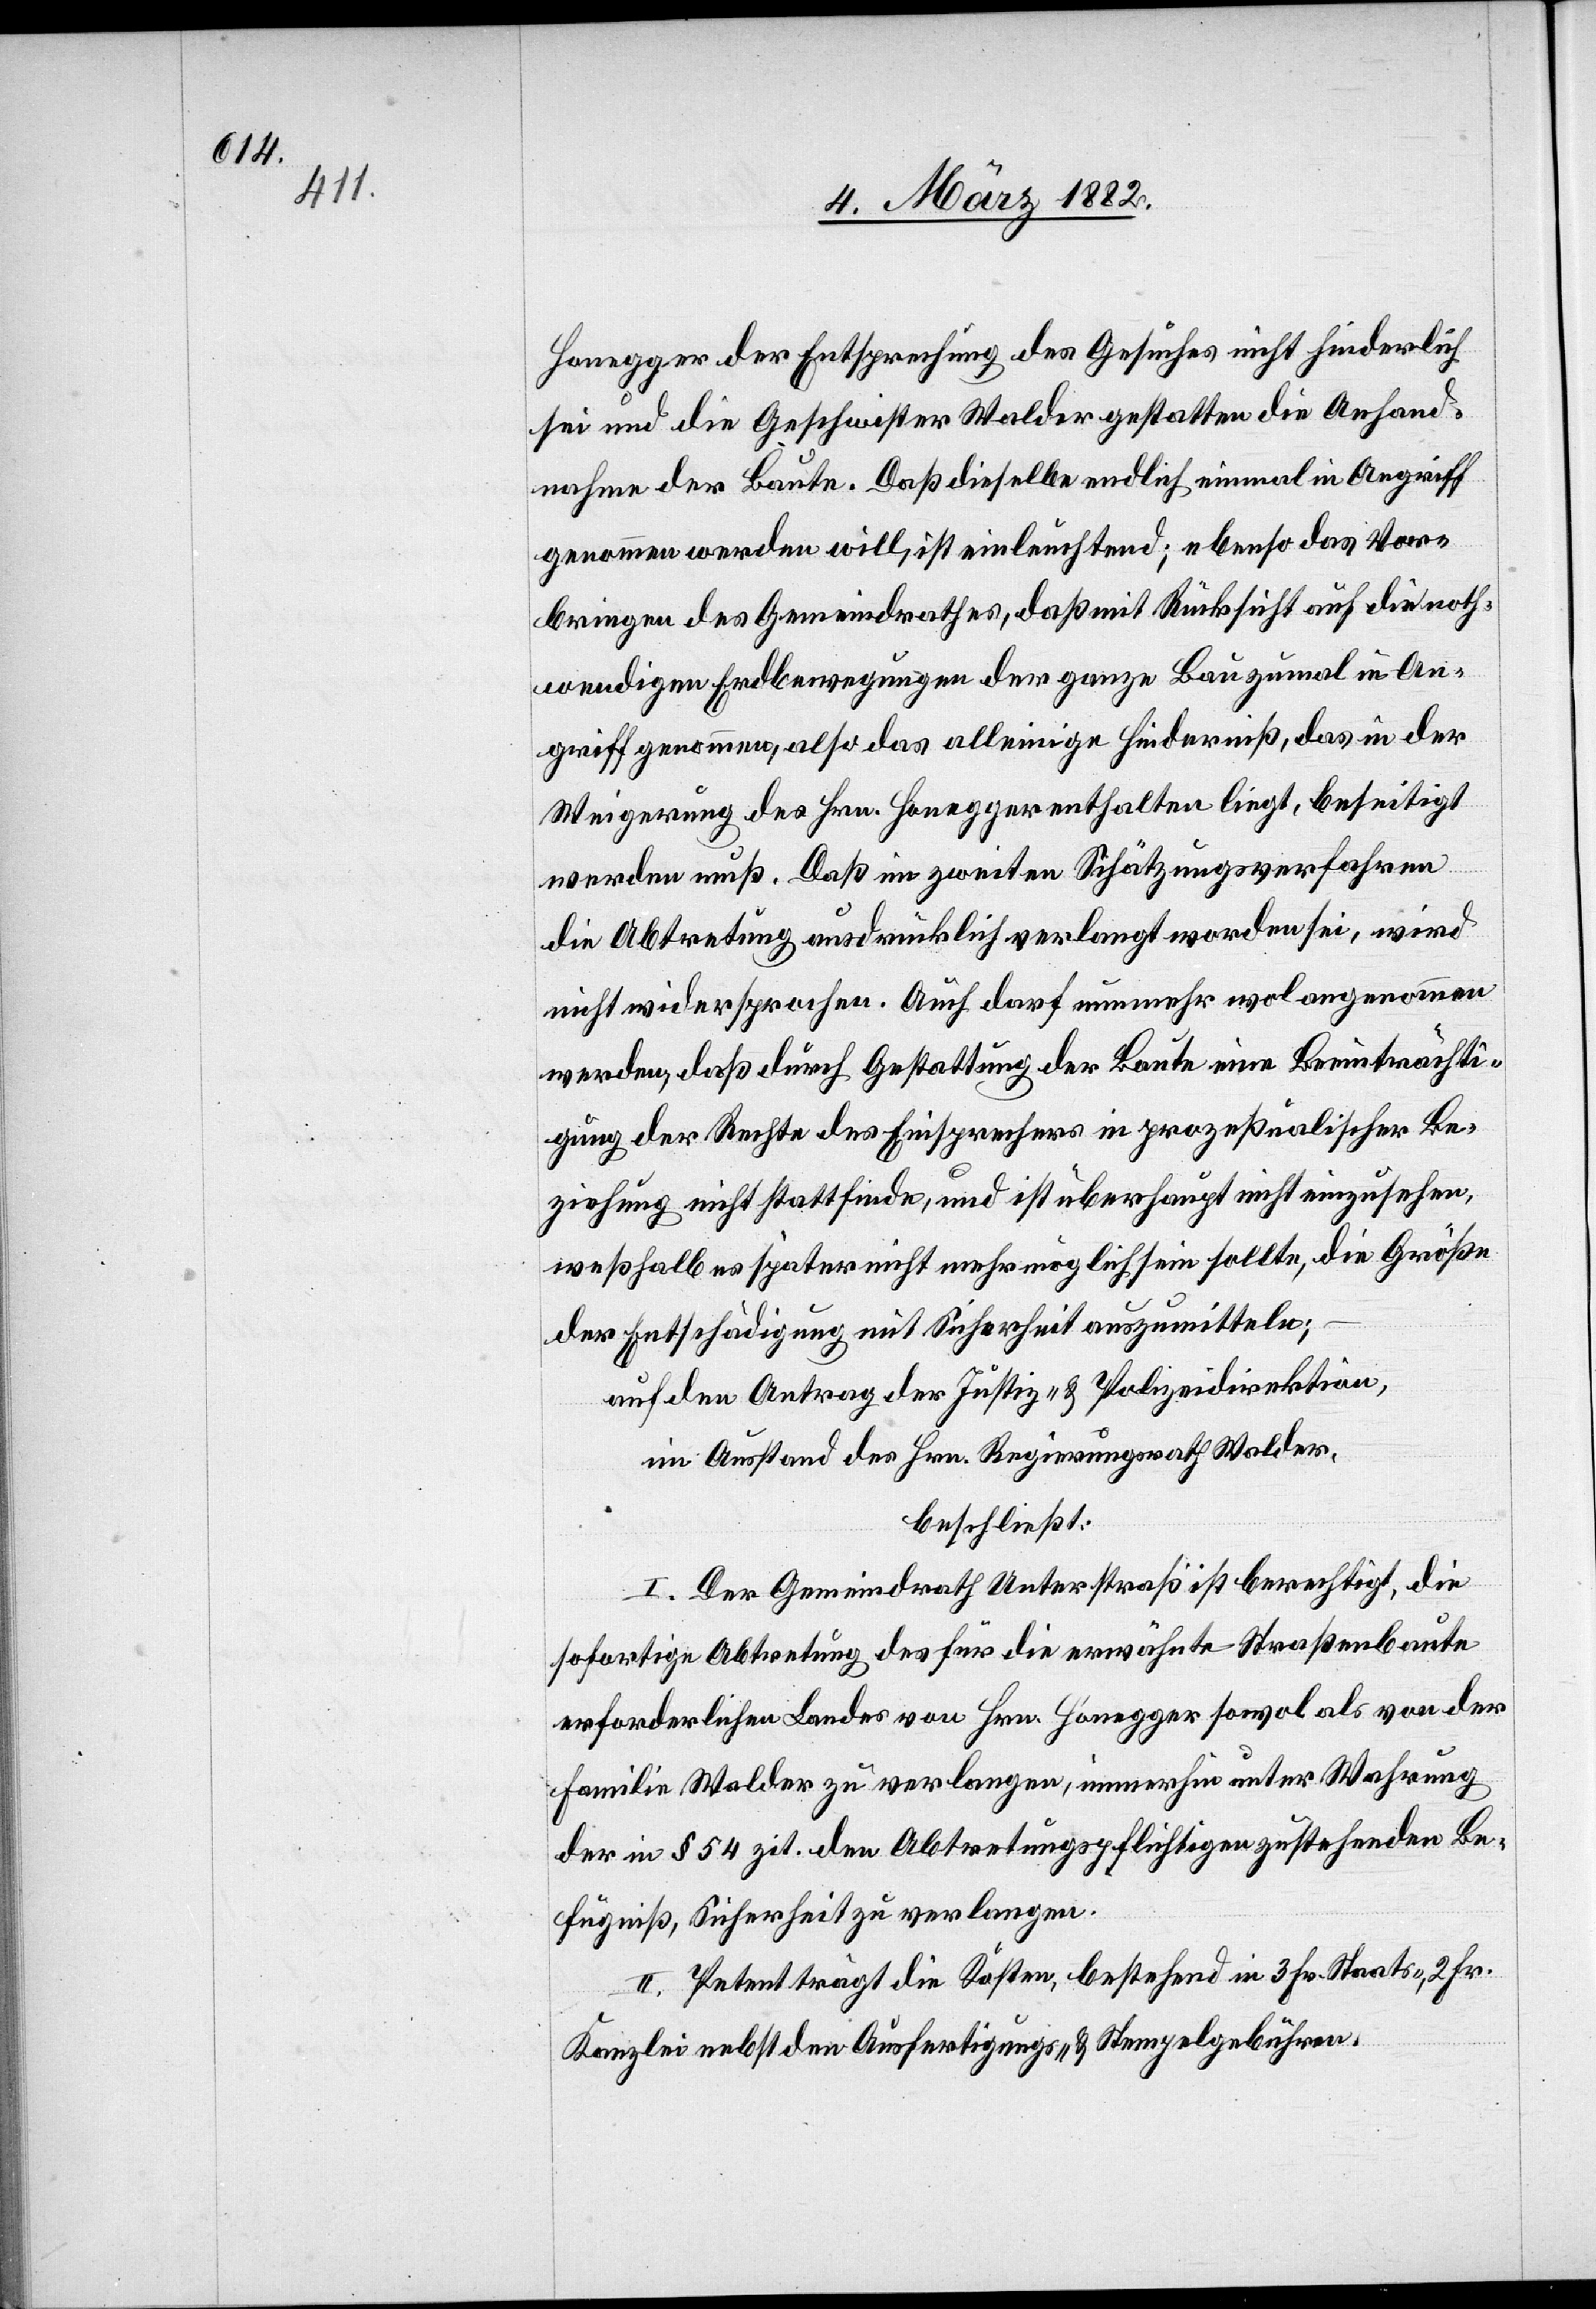
Honegger der Entsprechung des Gesuches nicht hinderlich
sei und die Geschwister Walder gestatten die Anhand¬
nahme der Baute. Daß dieselbe endlich einmal in Angriff
genommen werden will, ist einleuchtend; ebenso das Vor¬
bringen des Gemeindrathes, daß mit Rücksicht auf die noth¬
wendigen Erdbewegungen der ganze Bau zumal in An¬
griff genommen, also das alleinige Hinderniß, das in der
Weigerung des Hrn. Honegger enthalten liegt, beseitigt
werden muß. Daß im zweiten Schätzungsverfahren
die Abtretung ausdrücklich verlangt worden sei, wird
nicht widersprochen. Auch darf nunmehr wol angenommen
werden, daß durch Gestattung der Baute eine Beeinträchti¬
gung der Rechte des Einsprechers in prozeßualischer Be¬
ziehung nicht stattfinden, und ist überhaupt nicht einzusehen,
weßhalb es später nicht mehr möglich sein sollte, die Größe
der Entschädigung mit Sicherheit auszumitteln;
auf den Antrag der Justiz- & Polizeidirektion,
im Anstand des Hrn. Regierungsrath Walder,
beschließt:
I. Der Gemeindrath Unterstraß ist berechtigt, die
sofortige Abtretung des für die erwähnte Straßenbaute
erforderlichen Landes von Hrn. Honegger sowol als von der
Familie Walder zu verlangen, immerhin unter Wahrung
der in § 54 zit. den Abtretungspflichtigen zustehenden Be¬
fugniß, Sicherheit zu verlangen.
II. Petent trägt die Kosten, bestehend in 3 Fr. Staats-, 2 Fr.
Kanzlei nebst den Ausfertigung- & Stempelgebühren.